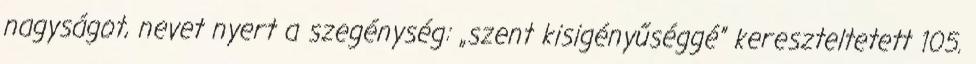
nagyságot, nevet nyert a szegénység: „szent kisigényűséggé” kereszteltetett 105.